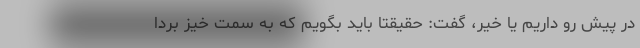
در پیش رو داریم یا خیر، گفت: حقیقتا باید بگویم که به سمت خیز بردا